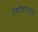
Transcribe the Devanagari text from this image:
निर्देशनाधीन